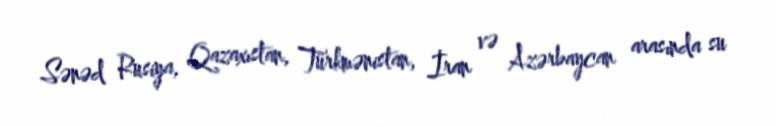
Sənəd Rusiya, Qazaxıstan, Türkmənistan, İran və Azərbaycan arasında su